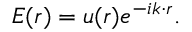
{ E } ( \boldsymbol { r } ) = { u } ( \boldsymbol { r } ) e ^ { - i \boldsymbol { k } \cdot \boldsymbol { r } } .